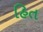
હિત